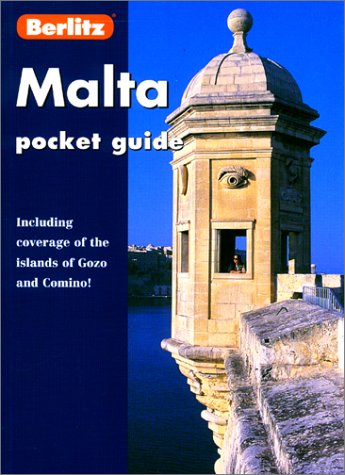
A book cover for Malta (Berlitz Pocket Guides); Travel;